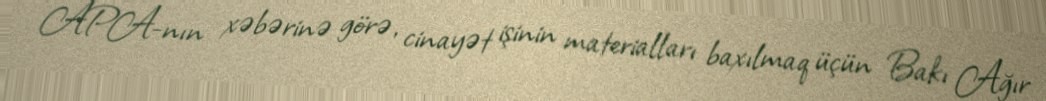
APA-nın xəbərinə görə, cinayət işinin materialları baxılmaq üçün Bakı Ağır